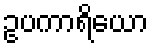
ဥပကာရိယော